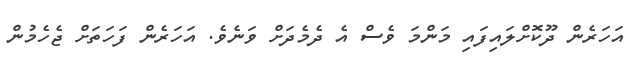
އަހަރެން ދޫކޮށްލައިފައި މަންމަ ވެސް އެ ދެމެދަށް ވަނެވެ. އަހަރެން ފަހަތަށް ޖެހެމުން